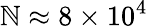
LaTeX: \mathbb{N}\approx8\times10^{4}